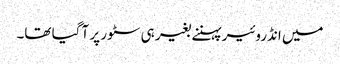
میں انڈروئیر پہننے بغیر ہی سٹور پر آ گیا تھا۔